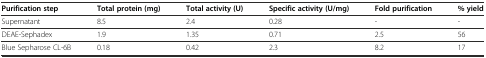
<table><thead><tr><td><b>Purification step</b></td><td><b>Total protein (mg)</b></td><td><b>Total activity (U)</b></td><td><b>Specific activity (U/mg)</b></td><td><b>Fold purification</b></td><td><b>% yield</b></td></tr></thead><tbody><tr><td>Supernatant</td><td>8.5</td><td>2.4</td><td>0.28</td><td>-</td><td>-</td></tr><tr><td>DEAE-Sephadex</td><td>1.9</td><td>1.35</td><td>0.71</td><td>2.5</td><td>56</td></tr><tr><td>Blue Sepharose CL-6B</td><td>0.18</td><td>0.42</td><td>2.3</td><td>8.2</td><td>17</td></tr></tbody></table>